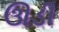
ઊડી